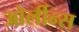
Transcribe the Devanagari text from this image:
ओर्लीन्स